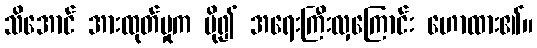
သိအောင် အားထုတ်မှုက ပို၍ အရေးကြီးလှကြောင်း ဟောထား၏။